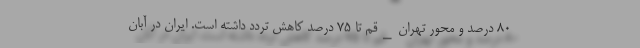
۸۰ درصد و محور تهران_قم تا ۷۵ درصد کاهش تردد داشته است. ایران در آبان